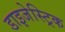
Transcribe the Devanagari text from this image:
डाइजेस्ट्रिक